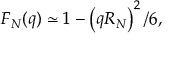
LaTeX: F _ { N } ( q ) \simeq 1 - \left( q R _ { N } \right) ^ { 2 } / 6 ,